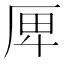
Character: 𠩶